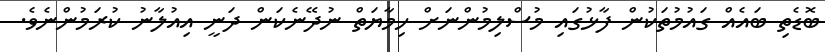
ބޮޑެތި ބައެއް ގައުމުތަކުން ފާޅުގައި މުސްލިމުންނަށް ހިމާޔަތް ނުދޭނެކަން ދަނީ އިއުލާނު ކުރަމުންނެވެ.